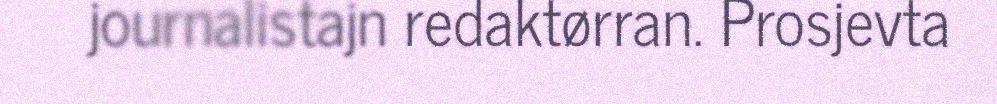
journalistajn redaktørran. Prosjevta